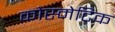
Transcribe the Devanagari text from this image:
कोस्मेटिक